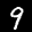
Label: 9